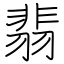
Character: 翡